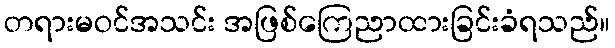
တရားမဝင်အသင်း အဖြစ်ကြေညာထားခြင်းခံရသည်။